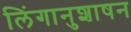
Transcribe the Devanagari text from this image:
लिंगानुशाषन